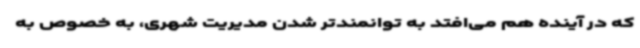
که در آینده هم می‌افتد به توانمندتر شدن مدیریت شهری،‌ به خصوص به